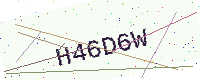
Text: H46D6W